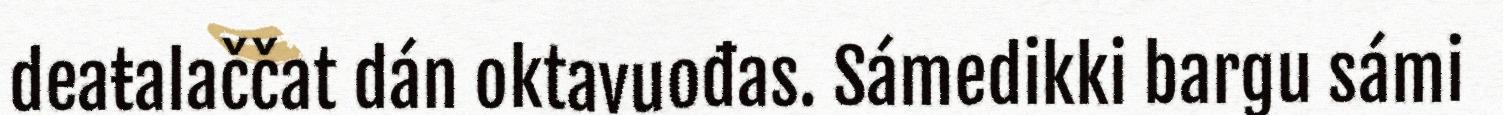
deaŧalaččat dán oktavuođas. Sámedikki bargu sámi